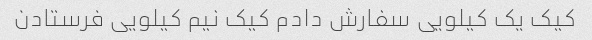
کیک یک کیلویی سفارش دادم کیک نیم کیلویی فرستادن